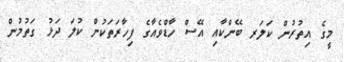
މީގެ އިތުރުން ކަލަރ ބޭންކާއި އޭސް ހާޑްވެއާގެ ފިހާރަތަކުން ކުލަ ދަޅު ގަތުމުން